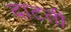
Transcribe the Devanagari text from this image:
दाटती